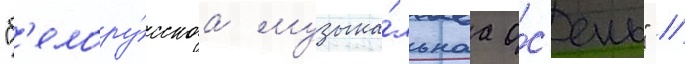
"б'елору́сскаа музыка́льнаа о́с'ень" //